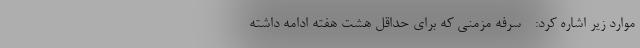
موارد زیر اشاره کرد: - سرفه مزمنی که برای حداقل هشت هفته ادامه داشته